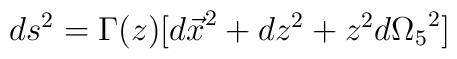
ds^2 = \Gamma(z) [ {d \vec{x}}^2 + dz^2 + z^2 {d\Omega_5}^2 ]